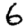
Digit: 6